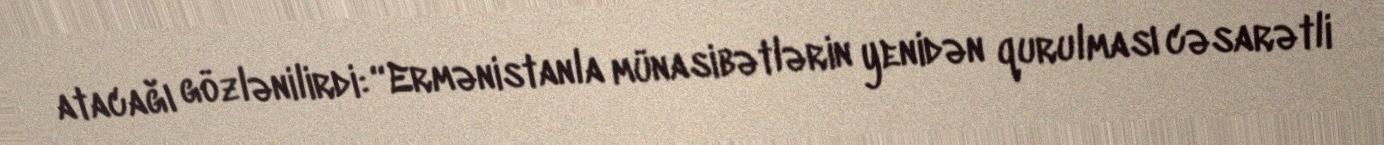
atacağı gözlənilirdi: “Ermənistanla münasibətlərin yenidən qurulması cəsarətli